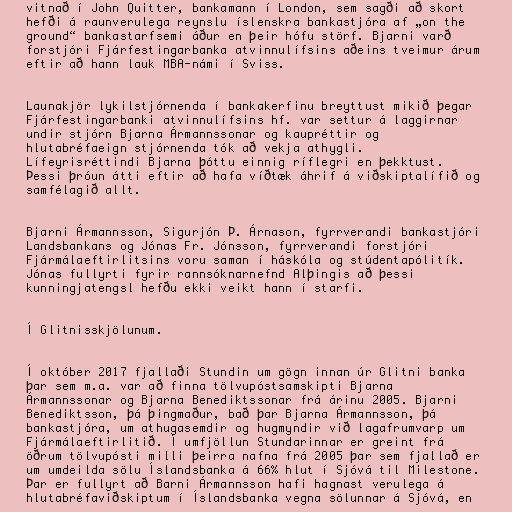
vitnað í John Quitter, bankamann í London, sem sagði að skort
hefði á raunverulega reynslu íslenskra bankastjóra af „on the
ground“ bankastarfsemi áður en þeir hófu störf. Bjarni varð
forstjóri Fjárfestingarbanka atvinnulífsins aðeins tveimur árum
eftir að hann lauk MBA-námi í Sviss.

Launakjör lykilstjórnenda í bankakerfinu breyttust mikið þegar
Fjárfestingarbanki atvinnulífsins hf. var settur á laggirnar
undir stjórn Bjarna Ármannssonar og kaupréttir og
hlutabréfaeign stjórnenda tók að vekja athygli.
Lífeyrisréttindi Bjarna þóttu einnig ríflegri en þekktust.
Þessi þróun átti eftir að hafa víðtæk áhrif á viðskiptalífið og
samfélagið allt.

Bjarni Ármannsson, Sigurjón Þ. Árnason, fyrrverandi bankastjóri
Landsbankans og Jónas Fr. Jónsson, fyrrverandi forstjóri
Fjármálaeftirlitsins voru saman í háskóla og stúdentapólitík.
Jónas fullyrti fyrir rannsóknarnefnd Alþingis að þessi
kunningjatengsl hefðu ekki veikt hann í starfi.

Í Glitnisskjölunum.

Í október 2017 fjallaði Stundin um gögn innan úr Glitni banka
þar sem m.a. var að finna tölvupóstsamskipti Bjarna
Ármannssonar og Bjarna Benediktssonar frá árinu 2005. Bjarni
Benediktsson, þá þingmaður, bað þar Bjarna Ármannsson, þá
bankastjóra, um athugasemdir og hugmyndir við lagafrumvarp um
Fjármálaeftirlitið. Í umfjöllun Stundarinnar er greint frá
öðrum tölvupósti milli þeirra nafna frá 2005 þar sem fjallað er
um umdeilda sölu Íslandsbanka á 66% hlut í Sjóvá til Milestone.
Þar er fullyrt að Barni Ármannsson hafi hagnast verulega á
hlutabréfaviðskiptum í Íslandsbanka vegna sölunnar á Sjóvá, en